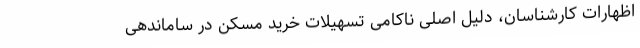
اظهارات کارشناسان، دلیل اصلی ناکامی تسهیلات خرید مسکن در ساماندهی